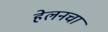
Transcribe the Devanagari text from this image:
हेलनचा